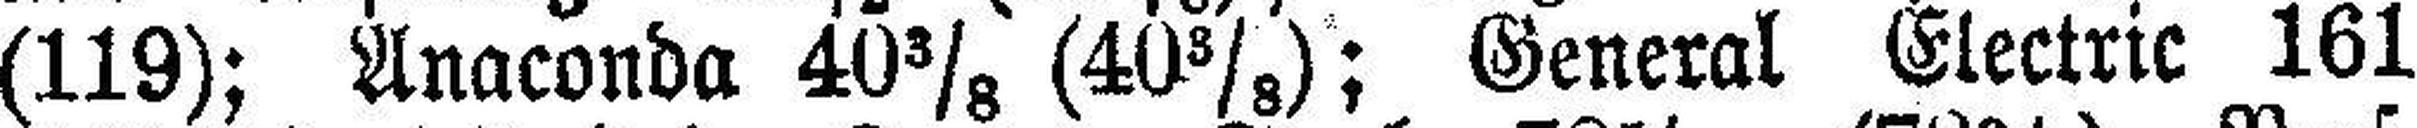
(119); Anaconda 40⅜ (40⅜) ; General Electric 161